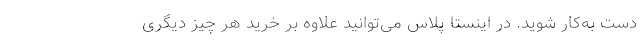
دست به‌کار شوید. در اینستا پلاس می‌توانید علاوه بر خرید هر چیز دیگری